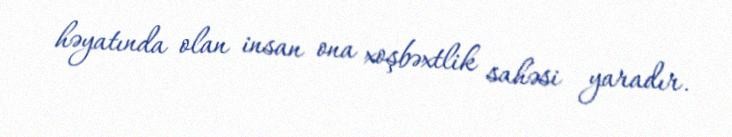
həyatında olan insan ona xoşbəxtlik sahəsi yaradır.